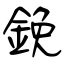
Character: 鋔